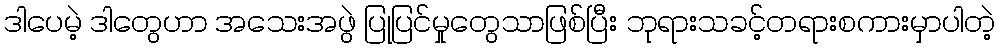
ဒါပေမဲ့ ဒါတွေဟာ အသေးအဖွဲ ပြုပြင်မှုတွေသာဖြစ်ပြီး ဘုရားသခင့်တရားစကားမှာပါတဲ့